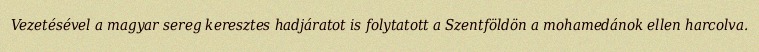
Vezetésével a magyar sereg keresztes hadjáratot is folytatott a Szentföldön a mohamedánok ellen harcolva.